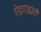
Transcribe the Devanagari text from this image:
ऐडवाइज़री